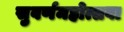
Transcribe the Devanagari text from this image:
सुवर्णमहोत्सवा